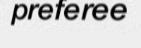
preferee